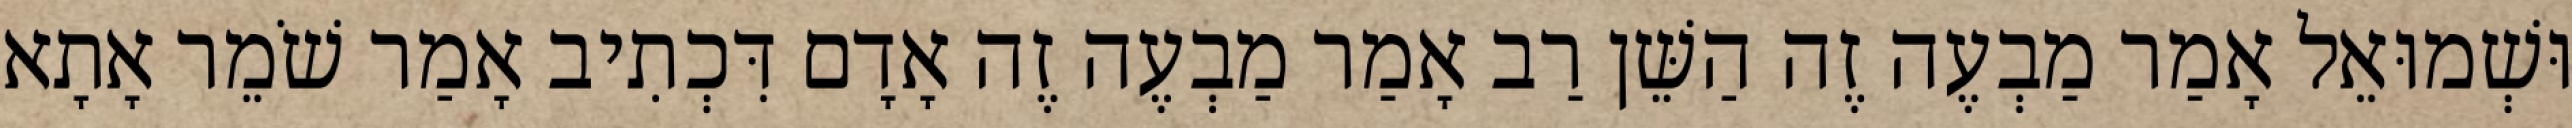
וּשְׁמוּאֵל אָמַר מַבְעֶה זֶה הַשֵּׁן רַב אָמַר מַבְעֶה זֶה אָדָם דִּכְתִיב אָמַר שֹׁמֵר אָתָא